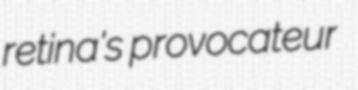
retina's provocateur